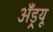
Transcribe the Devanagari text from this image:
अॅँड्र्यू